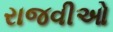
રાજવીઓ